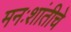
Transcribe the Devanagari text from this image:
मनःशांतीचे